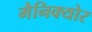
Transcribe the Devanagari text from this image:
मैनिक्‍योर